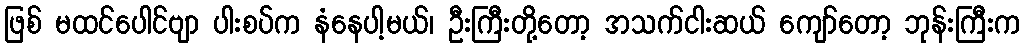
ဖြစ် မထင်ပေါင်ဗျာ ပါးစပ်က နံနေပါ့မယ်၊ ဦးကြီးတို့တော့ အသက်ငါးဆယ် ကျော်တော့ ဘုန်းကြီးက